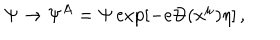
\Psi \rightarrow \Psi ^ { A } = \Psi \exp [ - e \Theta ( x ^ { \mu } ) \eta ] \, , \; \;